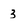
Character: 3